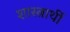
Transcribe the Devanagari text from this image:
शास्त्रार्थी